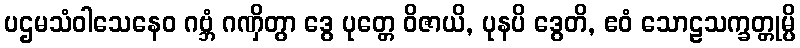
ပဌမသံဝါသေနေဝ ဂဗ္ဘံ ဂဏှိတွာ ဒွေ ပုတ္တေ ဝိဇာယိ, ပုနပိ ဒွေတိ, ဧဝံ သောဠသက္ခတ္တုမ္ပိ